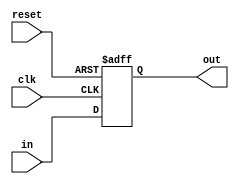
`timescale 1ns / 1ps
//////////////////////////////////////////////////////////////////////////////////
// Company: 
// Engineer: 
// 
// Design Name: 
// Module Name:    Reg 
// Project Name: 
// Target Devices: 
// Tool versions: 
// Description: 
//
// Dependencies: 
//
// Revision: 
// Revision 0.01 - File Created
// Additional Comments: 
//
//////////////////////////////////////////////////////////////////////////////////
module Reg(clk,reset,in,out);
	 parameter EM = 31;
	 input clk;
	 input reset;
	 input [EM:0] in;
	 output reg [EM:0] out;
    always@(posedge clk or negedge reset)
    begin
        if (~reset) 
		  begin
		  out <= 0;
		  end
		  else begin
		  out <= in;
		  end
    end

endmodule